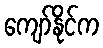
ကျော်နိုင်က